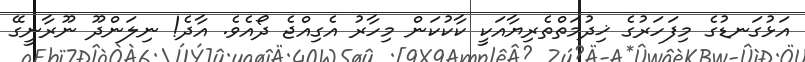
އަޅުގަނޑުގެ މިފަހަރުގެ ޚިދުމަތްތެރިޔާއަކީ ކާކުކަން މިހާރު އެގިއްޖެ ދޯއެވެ. އާދެ! ނިލަންދޫ ނޫރާނީގޭ